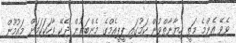
ވެވޭ އެންމެ މަތީ ހިޔާނާތްވުން ކަމުގައި ޕީޕީއެމްގެ މެންބަރުން ދެކޭ ވާހަކަކަމަށް މައުމޫން